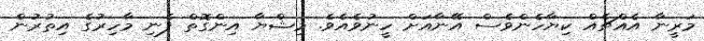
މަރީނާ އެއްޗެއް ކިޔާހެންވެސް އޭނާއަށް ހީނުވެއެވެ. މިޝްޔާ އިންގޮތް ފެނި މާހިރުގެ އިތުރުން